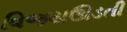
વિજયઊડતી